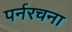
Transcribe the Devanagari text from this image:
पर्नरचना